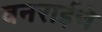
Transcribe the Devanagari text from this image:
वनराईचे